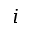
i